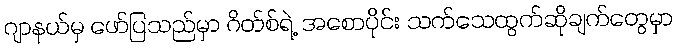
ဂျာနယ်မှ ဖော်ပြသည်မှာ ဂိတ်စ်ရဲ့ အစောပိုင်း သက်သေထွက်ဆိုချက်တွေမှာ